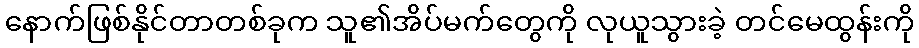
နောက်ဖြစ်နိုင်တာတစ်ခုက သူ၏အိပ်မက်တွေကို လုယူသွားခဲ့ တင်မေထွန်းကို